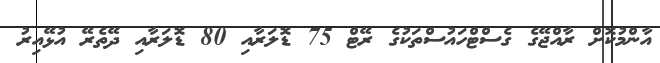
އާންމުކޮށް ރާއްޖޭގެ ގެސްޓްހައުސްތަކުގެ ރޭޓް 75 ޑޮލަރާއި 80 ޑޮލަރާއި ދޭތެރޭ އުޅޭއިރު